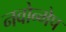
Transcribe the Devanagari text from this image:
नवोन्मेप